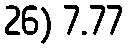
26) 7.77